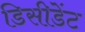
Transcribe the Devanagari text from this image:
डिसीडेंट